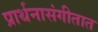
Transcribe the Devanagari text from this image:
प्रार्थनासंगीतात